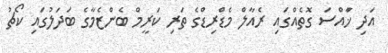
އަދި ޚާައްސަ ގޮތެއްގައި ރެއާލް މެޑްރިޑްގެ ތަރި ކަރީމް ބެންޒެމާގެ ބަދަލުގައި ކޯޗު